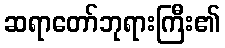
ဆရာတော်ဘုရားကြီး၏